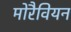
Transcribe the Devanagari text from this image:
मोरैवियन